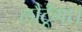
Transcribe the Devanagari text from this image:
लौटूँगा।